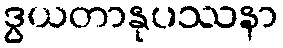
ဒွယတာနုပဿနာ